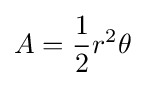
A={\frac {1}{2}}r^{2}\theta